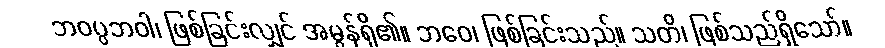
ဘဝပ္ပဘဝါ၊ ဖြစ်ခြင်းလျှင် အမွန်ရှိ၏။ ဘဝေ၊ ဖြစ်ခြင်းသည်။ သတိ၊ ဖြစ်သည်ရှိသော်။